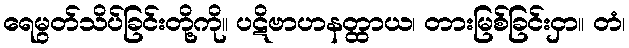
ရေမွတ်သိပ်ခြင်းတို့ကို။ ပဋိဗာဟနတ္ထာယ၊ တားမြစ်ခြင်းငှာ။ တံ၊